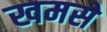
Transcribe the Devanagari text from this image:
खमसे